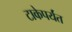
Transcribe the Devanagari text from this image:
टाकेपर्यंत